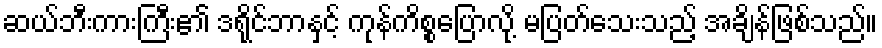
ဆယ်ဘီးကားကြီး၏ ဒရိုင်ဘာနှင့် ကုန်ကိစ္စပြောလို့ မပြတ်သေးသည့် အချိန်ဖြစ်သည်။